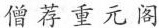
僧荐重元阁